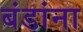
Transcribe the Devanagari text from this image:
बंडांना